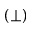
( \perp )